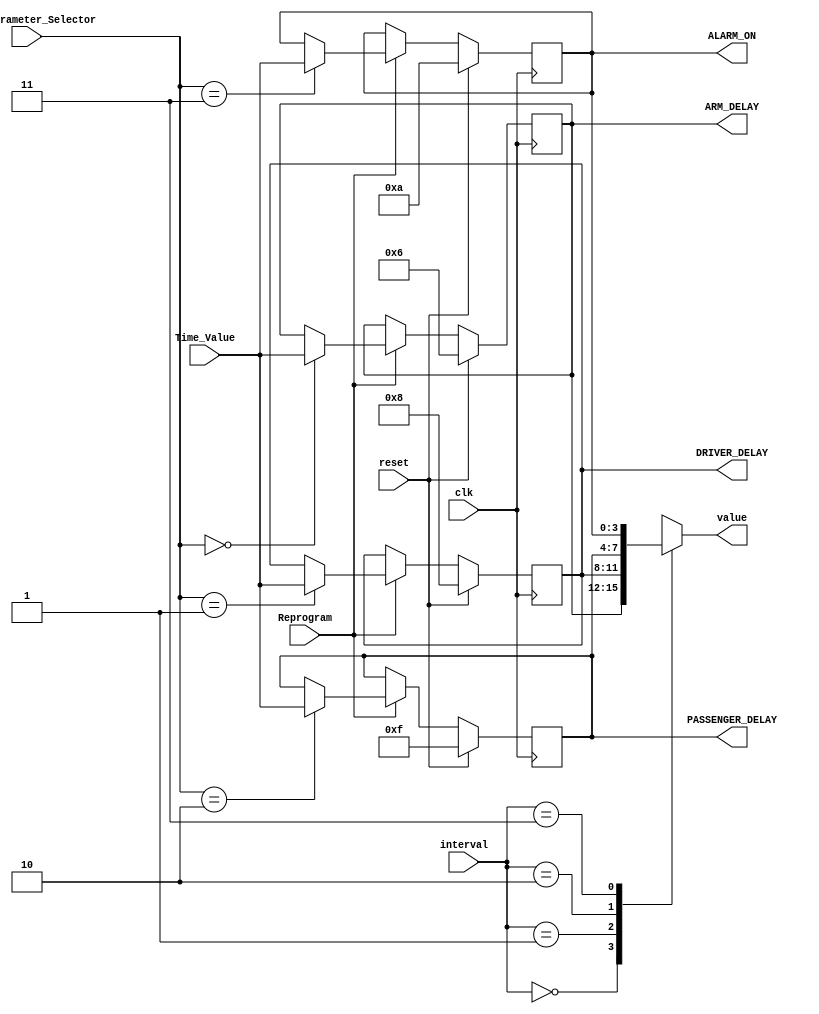
`timescale 1ns / 1ps
//////////////////////////////////////////////////////////////////////////////////
// Company: 
// Engineer: 
// 
// Design Name: 
// Module Name:    timeParam 
// Project Name: 
// Target Devices: 
// Tool versions: 
// Description: 
//
// Dependencies: 
//
// Revision: 
// Revision 0.01 - File Created
// Additional Comments: 
//
//////////////////////////////////////////////////////////////////////////////////
module timeParam(
    input clk,
    input [1:0] Time_Parameter_Selector,
    input [3:0] Time_Value,
    input Reprogram,
	 input reset,
    input [1:0] interval,
    output reg [3:0] value,
	 output reg [3:0] ARM_DELAY,
	 output reg [3:0] DRIVER_DELAY,
	 output reg [3:0] PASSENGER_DELAY,
	 output reg [3:0] ALARM_ON	 
    );
	 
    //default values for the four delays 
    
	parameter T_ARM_DELAY=4'b0110;
	parameter T_DRIVER_DELAY=4'b1000;
	parameter T_PASSENGER_DELAY=4'b1111;
	parameter T_ALARM_ON=4'b1010;
	
		
	always @(posedge clk) begin
	
		if (reset) begin   //reseting the values to the default ones.
		{ARM_DELAY, DRIVER_DELAY, PASSENGER_DELAY,ALARM_ON}<=
		{T_ARM_DELAY, T_DRIVER_DELAY, T_PASSENGER_DELAY,T_ALARM_ON};
		
		end else if (Reprogram) begin		 //programming again a particular delay
			case(Time_Parameter_Selector)
				2'b00: ARM_DELAY<=Time_Value;
				2'b01: DRIVER_DELAY<=Time_Value;
				2'b10: PASSENGER_DELAY<=Time_Value;
				2'b11: ALARM_ON<=Time_Value;		
			endcase
		end 

	end
		
	always @(interval) begin   //outputing the requested value
			case (interval)
				2'b00: value<=ARM_DELAY;
				2'b01: value<=DRIVER_DELAY;
				2'b10: value<=PASSENGER_DELAY;
				2'b11: value<=ALARM_ON;
			endcase	
	
	end
		
	
	
	
endmodule